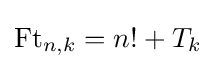
\operatorname {Ft} _{n,k}=n!+T_{k}